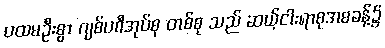
ပထမဦးစွာ ဂျစ်ပစီအုပ်စု တစ်စု သည် ဆယ့်ငါးရာစုအစခန့်၌